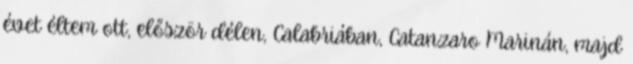
évet éltem ott, először délen, Calabriában, Catanzaro Marinán, majd